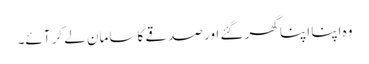
وہ اپنا اپنا گھر گئے اور صدقے کا سامان لے کر آئے۔